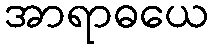
အာရာဓယေ